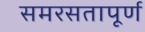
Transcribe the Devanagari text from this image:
समरसतापूर्ण